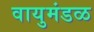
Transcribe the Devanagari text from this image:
वायुमंडळ